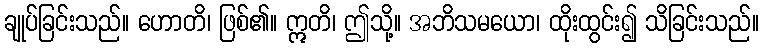
ချုပ်ခြင်းသည်။ ဟောတိ၊ ဖြစ်၏။ ဣတိ၊ ဤသို့။ အဘိသမယော၊ ထိုးထွင်း၍ သိခြင်းသည်။